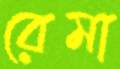
রেমা